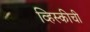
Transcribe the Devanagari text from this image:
व्हिस्कीची